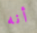
أنه